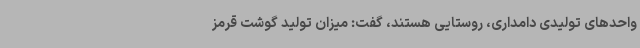
واحدهای تولیدی دامداری، روستایی هستند، گفت: میزان تولید گوشت قرمز